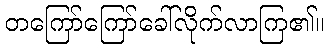
တကြော်ကြော်ခေါ်လိုက်လာကြ၏။